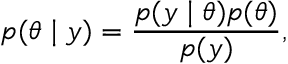
p ( \theta \mid y ) = \frac { p ( y \mid \theta ) p ( \theta ) } { p ( y ) } ,